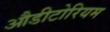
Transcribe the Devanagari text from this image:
औडीटोरियम